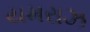
યમરાઝ